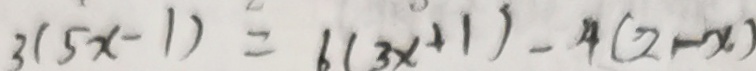
3 ( 5 x - 1 ) = 6 ( 3 x + 1 ) = 4 ( 2 - x )